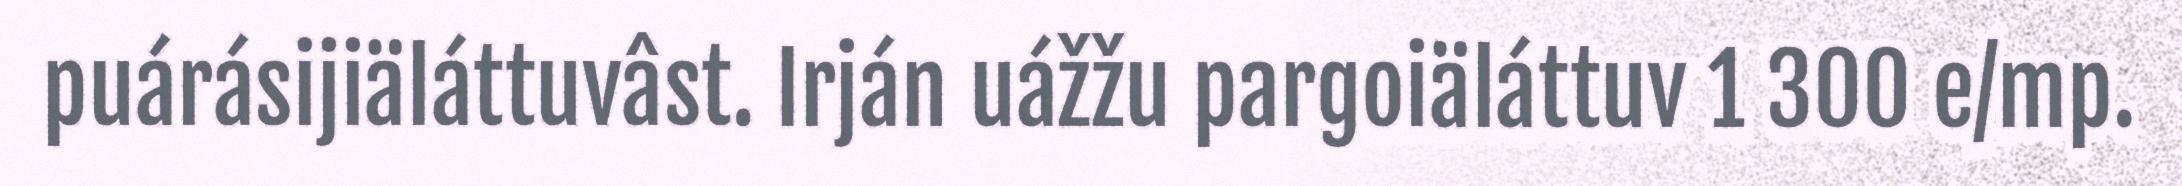
puárásijiäláttuvâst. Irján uážžu pargoiäláttuv 1 300 e/mp.